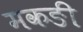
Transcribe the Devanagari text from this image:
मकङी